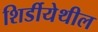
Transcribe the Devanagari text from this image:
शिर्डीयेथील